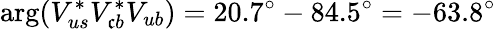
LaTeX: \arg(V_{us}^{*}V_{\mathfrak{c}b}^{*}V_{ub})=20.7^{\circ}-84.5^{\circ}=-63.8^{\circ}